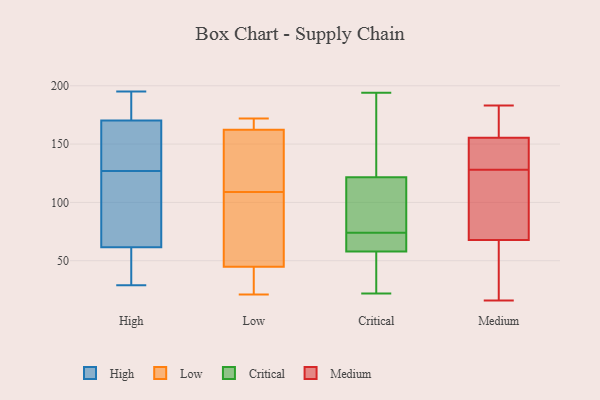
{"axis": {"x": "Net Income (USD K)", "y": "Value"}, "legend": ["Critical", "High", "Low", "Medium"], "data": [{"x": "", "y": 175, "type": "High"}, {"x": "", "y": 59, "type": "High"}, {"x": "", "y": 168, "type": "High"}, {"x": "", "y": 79, "type": "High"}, {"x": "", "y": 176, "type": "High"}, {"x": "", "y": 159, "type": "High"}, {"x": "", "y": 166, "type": "High"}, {"x": "", "y": 29, "type": "High"}, {"x": "", "y": 77, "type": "High"}, {"x": "", "y": 49, "type": "High"}, {"x": "", "y": 43, "type": "High"}, {"x": "", "y": 127, "type": "High"}, {"x": "", "y": 181, "type": "High"}, {"x": "", "y": 195, "type": "High"}, {"x": "", "y": 69, "type": "High"}, {"x": "", "y": 171, "type": "High"}, {"x": "", "y": 120, "type": "High"}, {"x": "", "y": 148, "type": "High"}, {"x": "", "y": 29, "type": "High"}, {"x": "", "y": 138, "type": "Low"}, {"x": "", "y": 172, "type": "Low"}, {"x": "", "y": 21, "type": "Low"}, {"x": "", "y": 39, "type": "Low"}, {"x": "", "y": 165, "type": "Low"}, {"x": "", "y": 109, "type": "Low"}, {"x": "", "y": 167, "type": "Low"}, {"x": "", "y": 27, "type": "Low"}, {"x": "", "y": 62, "type": "Low"}, {"x": "", "y": 106, "type": "Low"}, {"x": "", "y": 154, "type": "Low"}, {"x": "", "y": 93, "type": "Critical"}, {"x": "", "y": 72, "type": "Critical"}, {"x": "", "y": 22, "type": "Critical"}, {"x": "", "y": 62, "type": "Critical"}, {"x": "", "y": 194, "type": "Critical"}, {"x": "", "y": 39, "type": "Critical"}, {"x": "", "y": 126, "type": "Critical"}, {"x": "", "y": 75, "type": "Critical"}, {"x": "", "y": 125, "type": "Critical"}, {"x": "", "y": 73, "type": "Critical"}, {"x": "", "y": 118, "type": "Critical"}, {"x": "", "y": 54, "type": "Critical"}, {"x": "", "y": 54, "type": "Medium"}, {"x": "", "y": 76, "type": "Medium"}, {"x": "", "y": 16, "type": "Medium"}, {"x": "", "y": 129, "type": "Medium"}, {"x": "", "y": 105, "type": "Medium"}, {"x": "", "y": 157, "type": "Medium"}, {"x": "", "y": 158, "type": "Medium"}, {"x": "", "y": 31, "type": "Medium"}, {"x": "", "y": 154, "type": "Medium"}, {"x": "", "y": 77, "type": "Medium"}, {"x": "", "y": 70, "type": "Medium"}, {"x": "", "y": 18, "type": "Medium"}, {"x": "", "y": 183, "type": "Medium"}, {"x": "", "y": 129, "type": "Medium"}, {"x": "", "y": 145, "type": "Medium"}, {"x": "", "y": 156, "type": "Medium"}, {"x": "", "y": 67, "type": "Medium"}, {"x": "", "y": 128, "type": "Medium"}, {"x": "", "y": 178, "type": "Medium"}]}